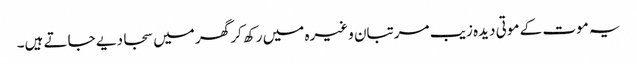
یہ موت کے موتی دیدہ زیب مرتبان وغیرہ میں رکھ کر گھر میں سجا دیے جاتے ہیں۔